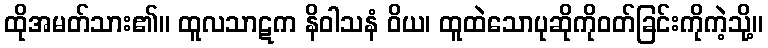
ထိုအမတ်သား၏။ ထူလသာဋက နိဝါသနံ ဝိယ၊ ထူထဲသောပုဆိုကိုဝတ်ခြင်းကိုကဲ့သို့။